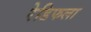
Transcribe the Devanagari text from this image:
रेडिफला